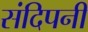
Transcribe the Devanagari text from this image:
संदिपनी